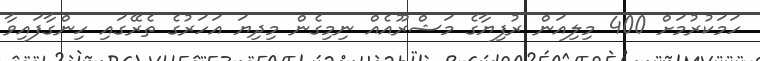
ހަމަކުރުމަށް 400 މިލިއަން ރުފިޔާގެ މަޝްރޫއެއް ނިމިގެން މިދިޔަ އަހަރުގެ ތެރޭގައި ހިންގާފައިވާ